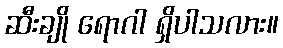
ဆီးချို ရောဂါ ရှိပါသလား။